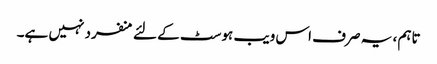
تاہم ، یہ صرف اس ویب ہوسٹ کے لئے منفرد نہیں ہے۔